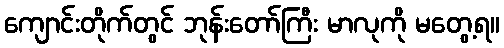
ကျောင်းတိုက်တွင် ဘုန်းတော်ကြီး မာလုကို မတွေ့ရ။